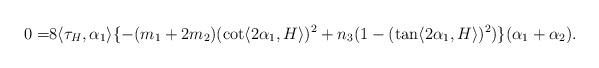
LaTeX: \begin{align*}0=&8\langle \tau_{H}, \alpha_{1} \rangle \{ -(m_{1}+2m_{2})(\cot \langle 2\alpha_{1}, H\rangle )^{2} +n_{3}(1-(\tan \langle 2\alpha_{1}, H\rangle )^{2}) \}(\alpha_{1}+\alpha_{2}).\end{align*}